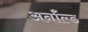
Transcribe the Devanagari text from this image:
अर्नॉल्ड